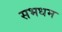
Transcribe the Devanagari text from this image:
सभधम